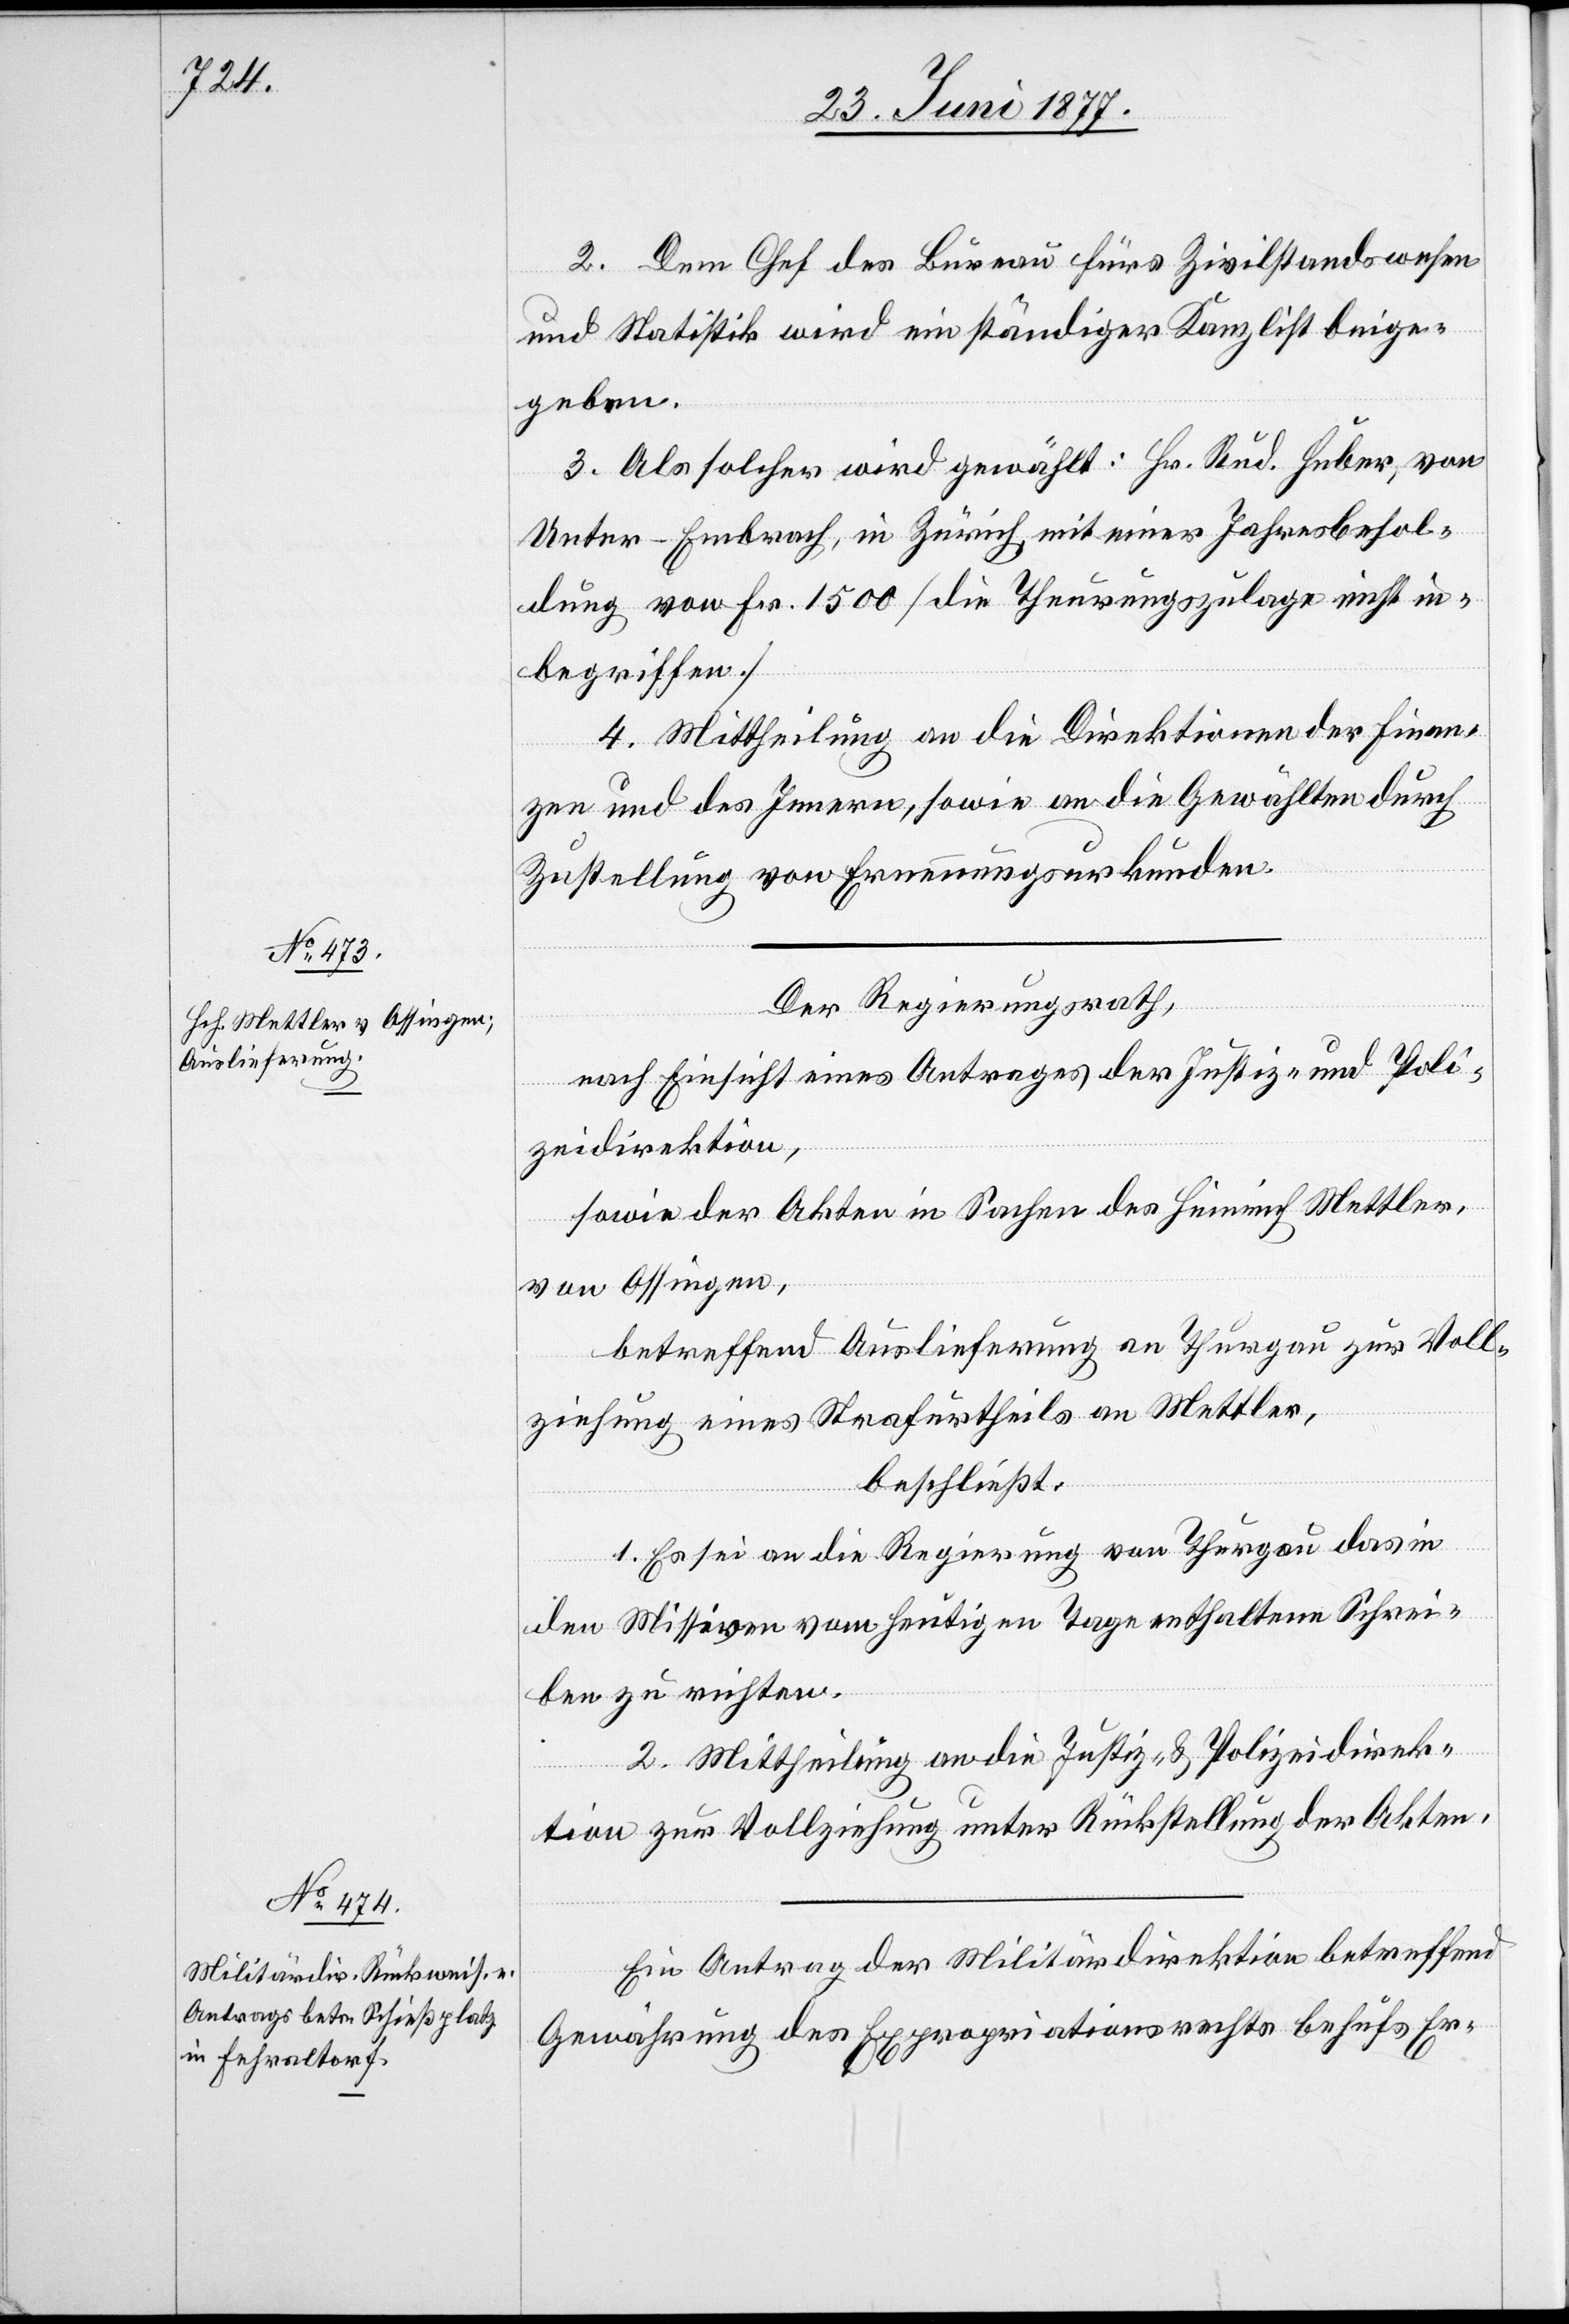
2. Dem Chef des Bureau fürs Zivilstandswesen
und Statistik wird ein ständiger Kanzlist beige¬
geben.
3. Als solcher wird gewählt: Hr. Rud. Huber, von
Unter-Embrach, in Zürich, mit einer Jahresbesol¬
dung von Fr. 1500 [die Theurungszulage nicht in¬
begriffen.]
4. Mittheilung an die Direktionen der Finan¬
zen und des Innern, sowie an die Gewählten durch
Zustellung von Ernennungsurkunden.
Der Regierungsrath,
nach Einsicht eines Antrages der Justiz- und Poli¬
zeidirektion,
sowie der Akten in Sachen des Heinrich Mettler,
von Ossingen,
betreffend Auslieferung an Thurgau zur Voll¬
ziehung eines Strafurtheils an Mettler,
beschließt:
1. Es sei an die Regierung von Thurgau das in
den Missiven vom heutigen Tage enthaltene Schrei¬
ben zu richten.
2. Mittheilung an die Justiz- & Polizeidirek¬
tion zur Vollziehung unter Rückstellung der Akten.
Ein Antrag der Militärdirektion betreffend
Gewährung des Expropriationsrechts behufs Er-